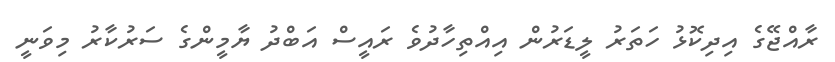
ރާއްޖޭގެ އިދިކޮޅު ހަތަރު ލީޑަރުން އިއްތިހާދުވެ ރައީސް އަބްދު ޔާމީންގެ ސަރުކާރު މިވަނީ